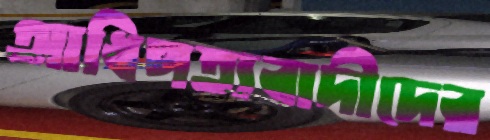
আধিপত্যবাদীদের